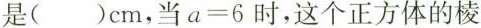
是( )cm，当$$a = 6$$时，这个正方体的棱